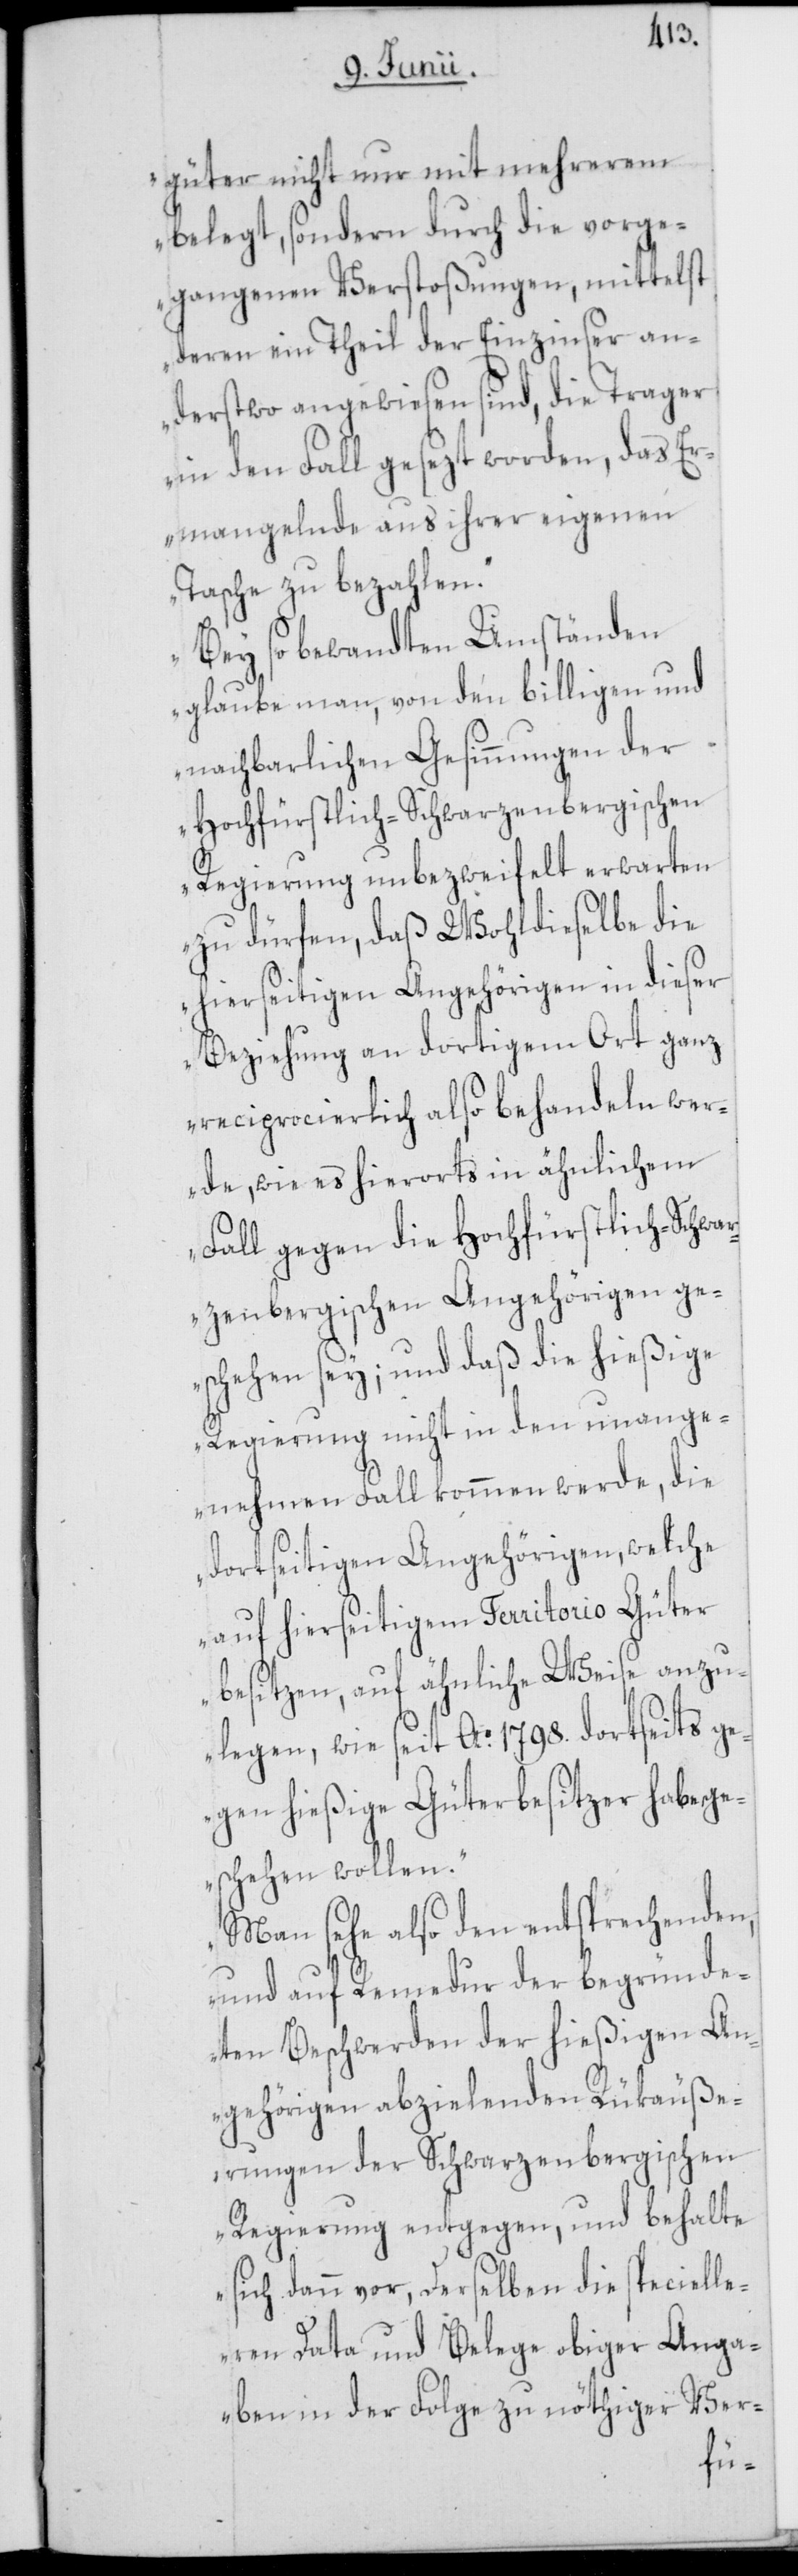
güter nicht nur mit mehrerem
belegt, sondern durch die vorge¬
gangenen Verstoßungen, mittelst
deren ein Theil der Einzinser an¬
derstwo angewiesen sind, die Trager
in den Fall gesezt worden, das Er¬
mangelnde aus ihrer eigenen
Tasche zu bezahlen.
Bey so bewandten Umständen
glaube man, von den billigen und
nachbarlichen Gesinnungen der
Hochfürstlich-Schwarzenbergischen
Regierung unbezweifelt erwarten
zu dürfen, daß Wohldieselbe die
hierseitigen Angehörigen in dieser
Beziehung an dortigem Ort ganz
reciprocierlich also behandeln wer¬
de, wie es hierorts in ähnlichem
Fall gegen die Hochfürstlich-Schwar¬
zenbergischen Angehörigen ge¬
schehen sey; und daß die hießige
Regierung nicht in den unange¬
nehmen Fall kommen werde, die
dortseitigen Angehörigen, welche
auf hierseitigem Territorio Güter
besitzen, auf ähnliche Weise anzu¬
legen, wie seit Ao. 1798. dortseits ge¬
gen hießige Güterbesitzer habe ge¬
schehen wollen.
Man sehe also den entsprechenden,
und auf Remedur der begründe¬
ten Beschwerden der hießigen An¬
gehörigen abzielenden Rükäuße¬
rungen der Schwarzenbergischen
Regierung entgegen, und behalte
sich dann vor, derselben die speciell¬
en Data und Belege obiger Anga¬
ben in der Folge zu nöthiger Ver-